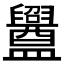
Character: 𥃝